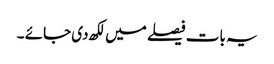
یہ بات فیصلے میں لکھ دی جائے ۔